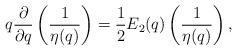
LaTeX: \begin{align*}q\frac{\partial}{\partial q}\left(\frac{1}{ \eta(q)}\right)=\frac{1}{2}E_2(q) \left(\frac{1}{ \eta(q)}\right),\end{align*}